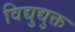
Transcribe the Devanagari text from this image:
विद्युद्युक्त